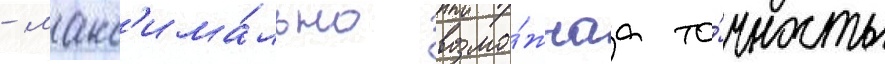
- макс'има́льно возмо́жнаа то́чность